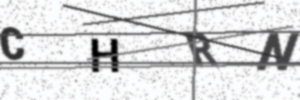
Text: CHRN